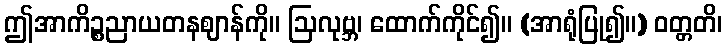
ဤအာကိဉ္စညာယတနဈာန်ကို။ ဩလုဗ္ဘ၊ ထောက်ကိုင်၍။ (အာရုံပြု၍။) ဝတ္တတိ၊